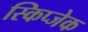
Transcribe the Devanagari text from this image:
स्किप्जेक